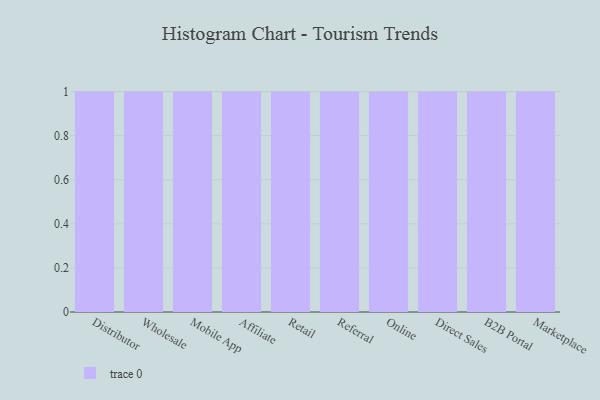
{"axis": {"x": "Channel", "y": "Active Users"}, "legend": [""], "data": [{"x": "Distributor", "y": 71, "type": ""}, {"x": "Wholesale", "y": 48, "type": ""}, {"x": "Mobile App", "y": 86, "type": ""}, {"x": "Affiliate", "y": 74, "type": ""}, {"x": "Retail", "y": 3, "type": ""}, {"x": "Referral", "y": 58, "type": ""}, {"x": "Online", "y": 59, "type": ""}, {"x": "Direct Sales", "y": 51, "type": ""}, {"x": "B2B Portal", "y": 18, "type": ""}, {"x": "Marketplace", "y": 66, "type": ""}]}